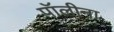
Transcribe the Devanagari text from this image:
पॉलीना